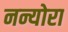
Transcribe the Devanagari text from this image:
नन्योरा